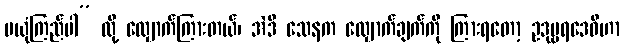
မယုံကြည်ပါ” လို့ လျှောက်ကြားတယ်၊ အဲဒီ သေနက လျှောက်ချက်ကို ကြားရတော့ ဥဒုမ္ဗရဒေဝီဟာ